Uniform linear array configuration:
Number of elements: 64
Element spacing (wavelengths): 1
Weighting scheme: hamming
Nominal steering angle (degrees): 15
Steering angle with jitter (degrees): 16.574
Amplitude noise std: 0.05
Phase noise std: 0.05

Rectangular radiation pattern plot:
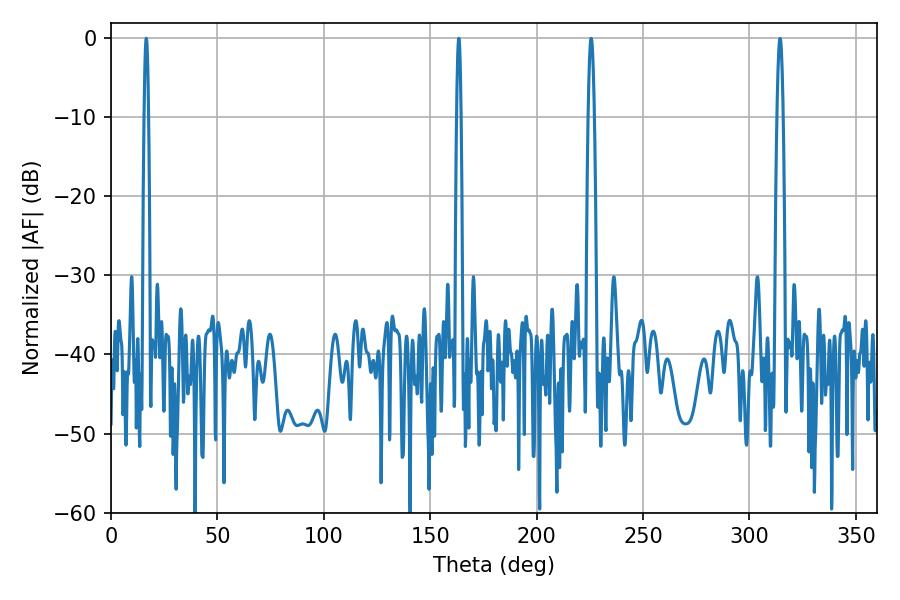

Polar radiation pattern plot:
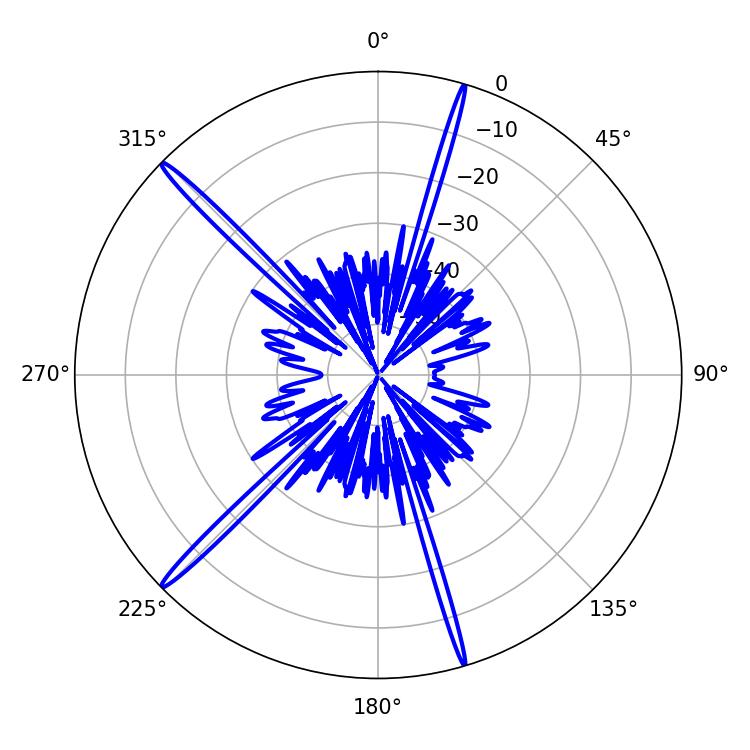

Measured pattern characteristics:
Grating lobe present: TRUE
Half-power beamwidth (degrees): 1.08
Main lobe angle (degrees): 16.56